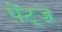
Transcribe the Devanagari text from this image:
पेंट्ज़